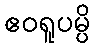
ဧဝရူပမ္ပိ